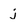
Character: j